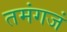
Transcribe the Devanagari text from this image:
तमंगजं